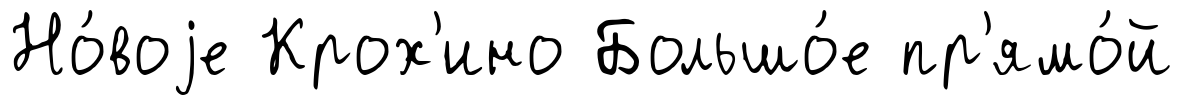
Но́воjе Крох'ино Большо́е пр'ямо́й